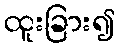
ထူးခြား၍